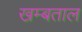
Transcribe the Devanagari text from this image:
खम्बताल